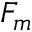
F _ { m }